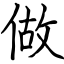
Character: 做